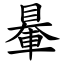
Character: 䡞